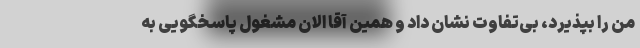
من را بپذیرد، بی‌تفاوت نشان داد و همین آقا الان مشغول پاسخگویی به